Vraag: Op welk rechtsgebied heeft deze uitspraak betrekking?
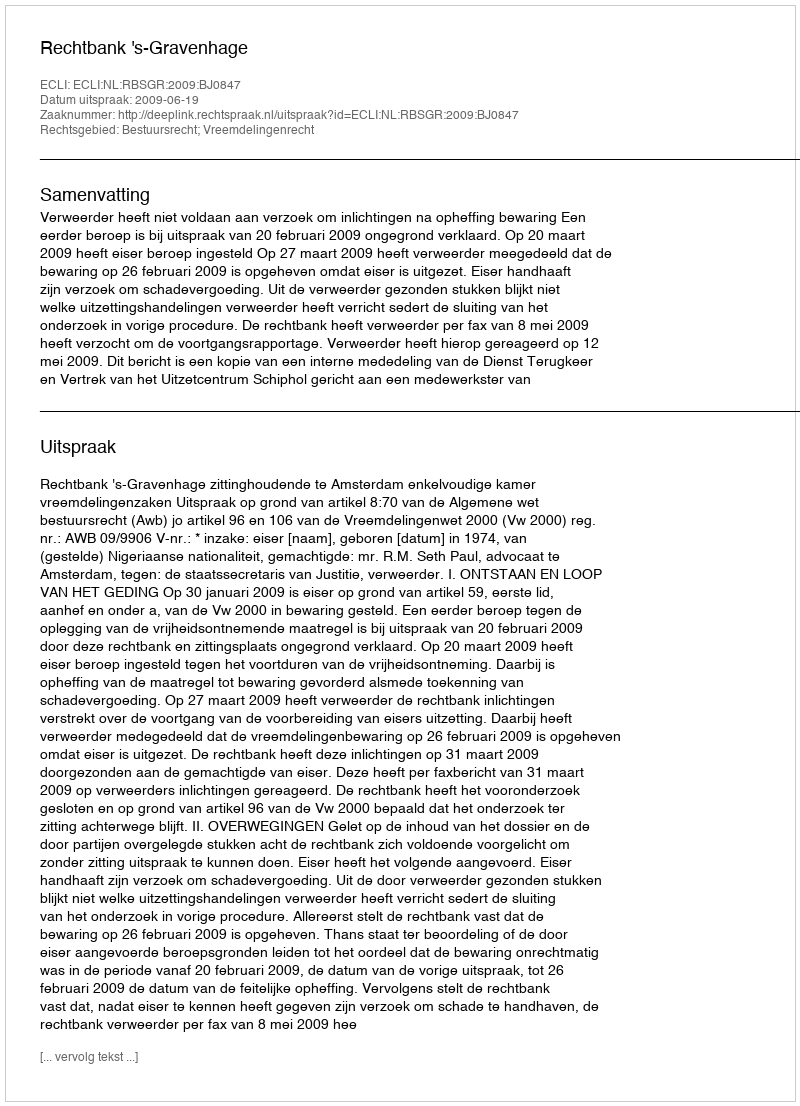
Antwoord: Bestuursrecht; Vreemdelingenrecht